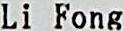
LI FONG